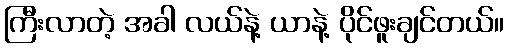
ကြီးလာတဲ့ အခါ လယ်နဲ့ ယာနဲ့ ပိုင်ဖူးချင်တယ်။